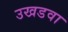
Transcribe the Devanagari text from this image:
उखडवा